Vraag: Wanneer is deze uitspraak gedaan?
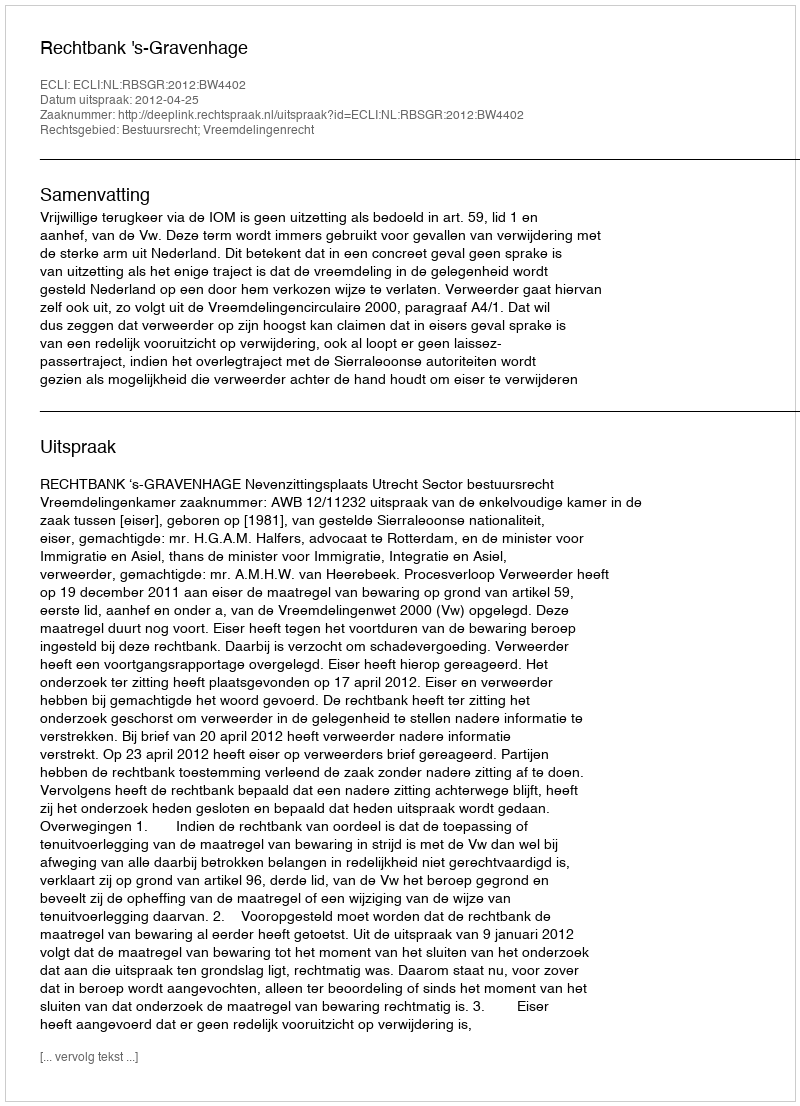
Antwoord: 2012-04-25